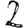
Digit: 2